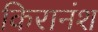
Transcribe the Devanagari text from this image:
किरानंश